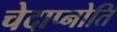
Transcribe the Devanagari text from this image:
चेदाप्नोति